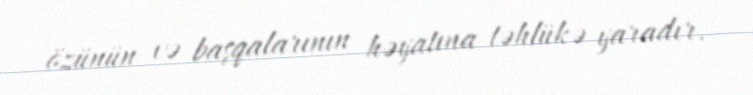
özünün və başqalarının həyatına təhlükə yaradır.